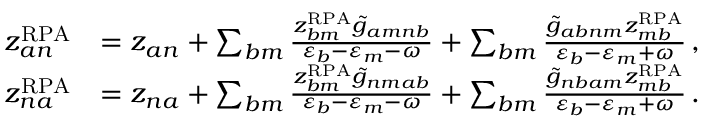
\begin{array} { r l } { z _ { a n } ^ { \mathrm { R P A } } } & { = z _ { a n } + \sum _ { b m } \frac { z _ { b m } ^ { \mathrm { R P A } } \tilde { g } _ { a m n b } } { \varepsilon _ { b } - \varepsilon _ { m } - \omega } + \sum _ { b m } \frac { \tilde { g } _ { a b n m } z _ { m b } ^ { \mathrm { R P A } } } { \varepsilon _ { b } - \varepsilon _ { m } + \omega } \, , } \\ { z _ { n a } ^ { \mathrm { R P A } } } & { = z _ { n a } + \sum _ { b m } \frac { z _ { b m } ^ { \mathrm { R P A } } \tilde { g } _ { n m a b } } { \varepsilon _ { b } - \varepsilon _ { m } - \omega } + \sum _ { b m } \frac { \tilde { g } _ { n b a m } z _ { m b } ^ { \mathrm { R P A } } } { \varepsilon _ { b } - \varepsilon _ { m } + \omega } \, . } \end{array}